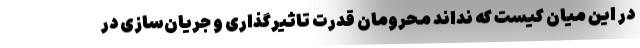
در این میان کیست که نداند محرومان قدرت تاثیرگذاری و جریان‌سازی در